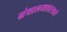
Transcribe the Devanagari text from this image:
ग्रंथालयशास्त्राचे